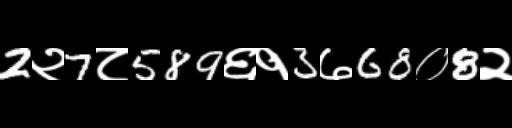
Text: 2२7८589६१3७68०8२